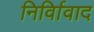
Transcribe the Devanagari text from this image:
निर्विावाद